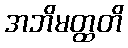
အဘိမတ္ထတိ